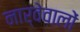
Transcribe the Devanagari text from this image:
नार्वेवालों